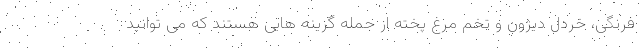
فرنگی، خردل دیژون و تخم مرغ پخته از جمله گزینه هایی هستند که می توانید